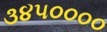
૩૪૫૦૦૦૦